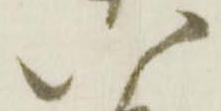
八